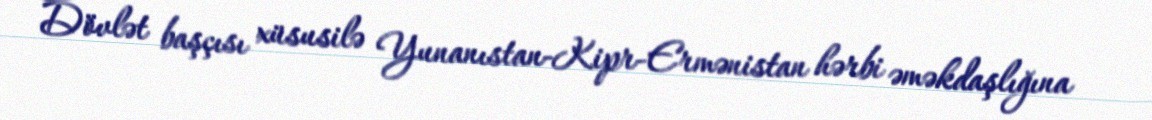
Dövlət başçısı xüsusilə Yunanıstan-Kipr-Ermənistan hərbi əməkdaşlığına